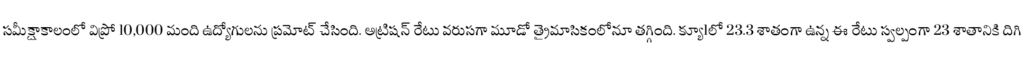
సమీక్షాకాలంలో విప్రో 10,000 మంది ఉద్యోగులను ప్రమోట్ చేసింది. అట్రిషన్ రేటు వరుసగా మూడో త్రైమాసికంలోనూ తగ్గింది. క్యూ1లో 23.3 శాతంగా ఉన్న ఈ రేటు స్వల్పంగా 23 శాతానికి దిగి